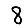
Digit: 8